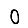
Digit: 0